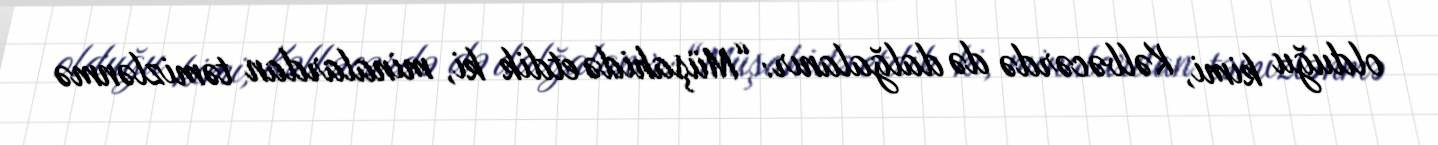
olduğu kimi, Kəlbəcərdə də dalğalanır: “Müşahidə etdik ki, minalardan təmizlənmə